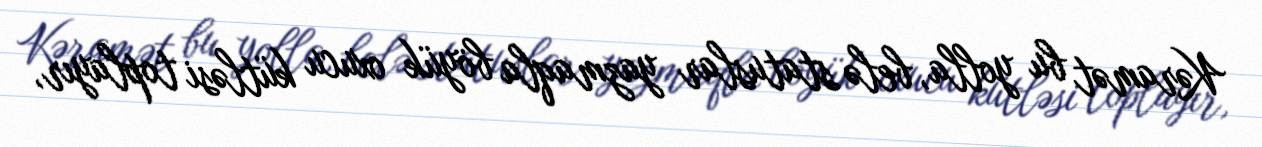
Kəramət bu yolla, belə statuslar yazmaqla böyük oxucu kütləsi toplayır,